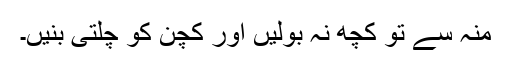
منہ سے تو کچھ نہ بولیں اور کچن کو چلتی بنیں۔